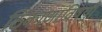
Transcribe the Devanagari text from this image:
ठिकाणांविषयी